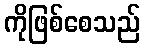
ကိုဖြစ်စေသည်